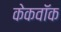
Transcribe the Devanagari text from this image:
केकवॉक